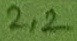
Text: 2,2